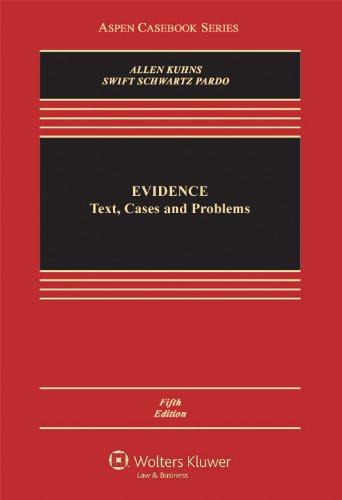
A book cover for Evidence: Text, Cases and Problems, Fifth Edition (Aspen Casebooks); Ronald Jay Allen; Law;